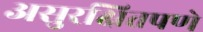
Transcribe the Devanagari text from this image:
असुरक्षितपणे